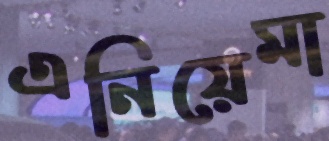
এনিয়েমা